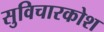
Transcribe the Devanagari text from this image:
सुविचारकोश